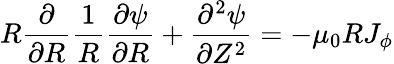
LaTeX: R\frac{\partial}{\partial R}\frac{1}{R}\frac{\partial\psi}{\partial R}+\frac{\partial^{2}\psi}{\partial Z^{2}}=-\mu_{0}RJ_{\phi}